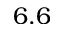
6 . 6